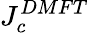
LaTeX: J_{c}^{DMFT}